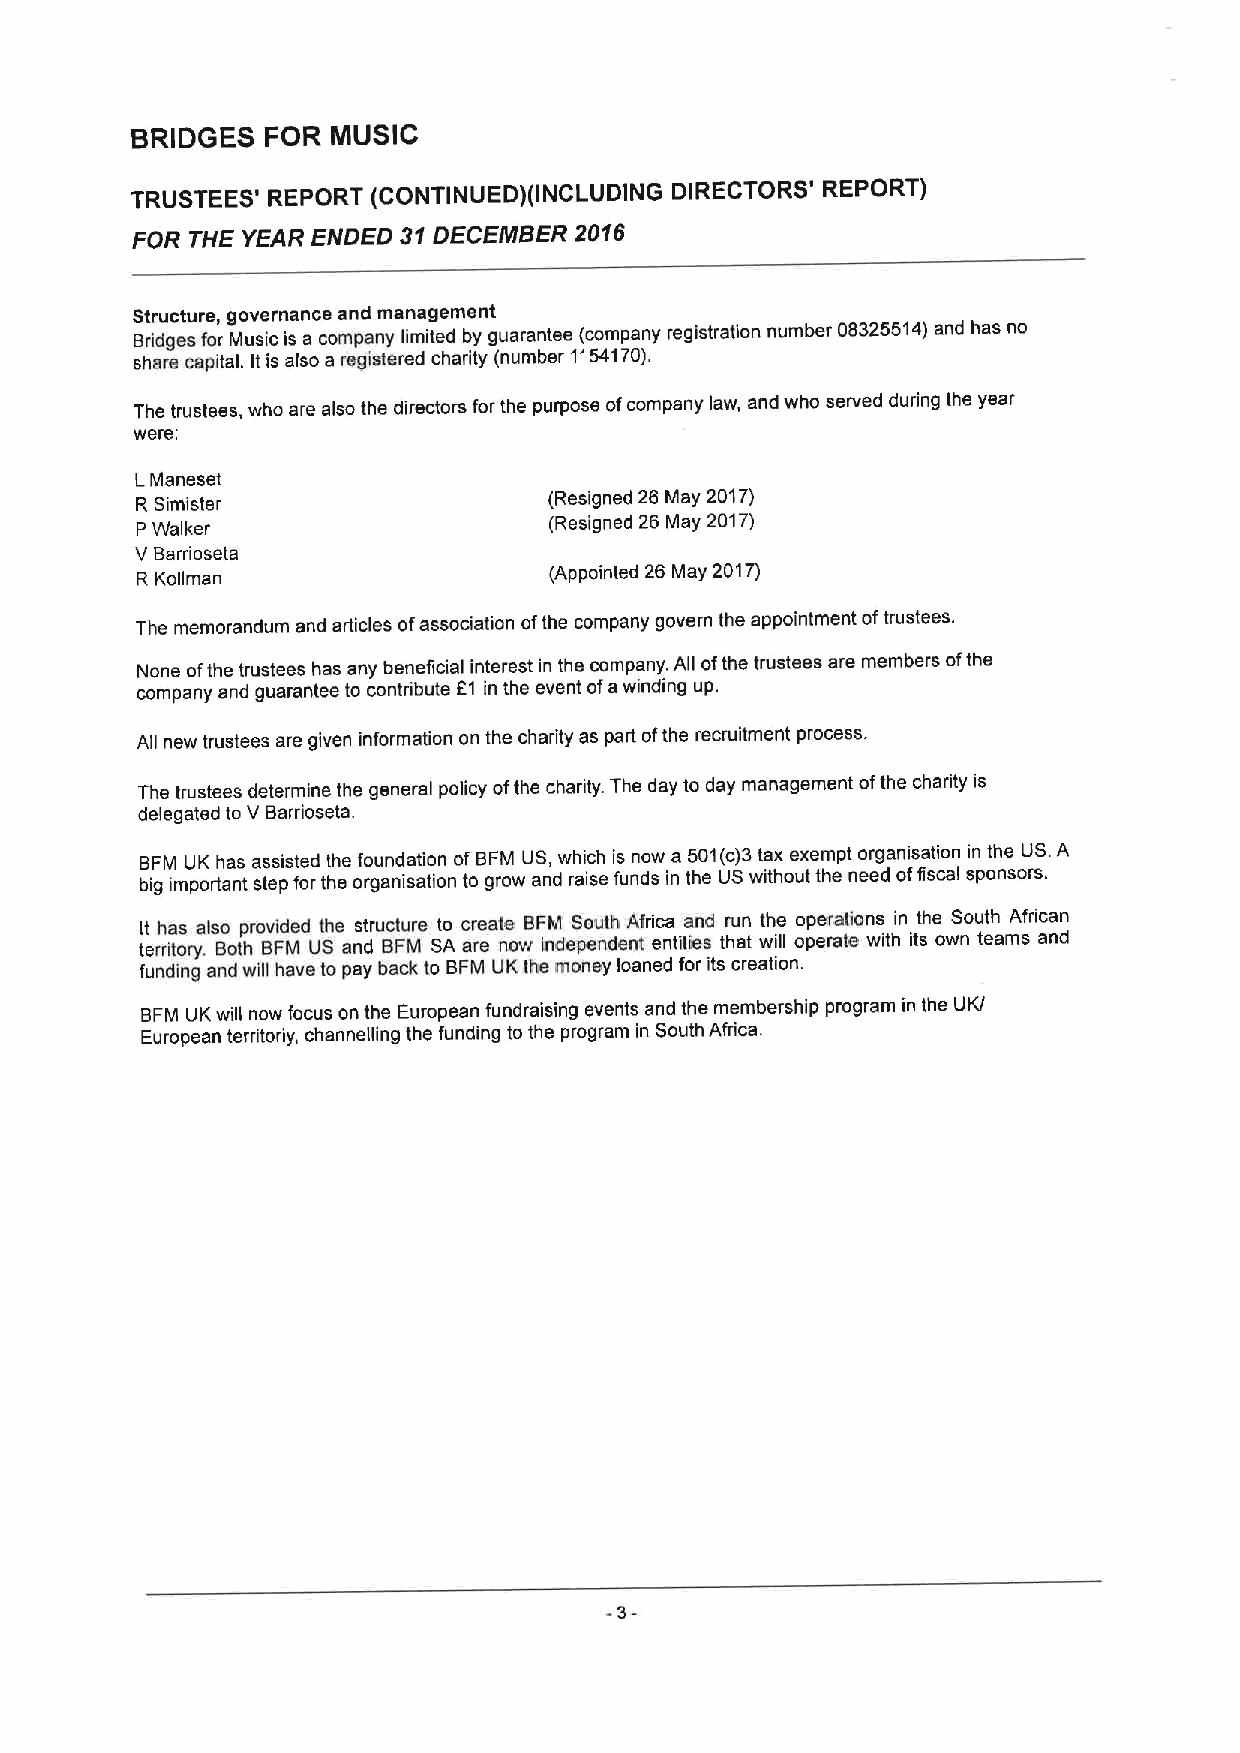
BRIDGES FOR  MUSIC
 DIRECTORS' REPORT)
 TRUSTEES' REPORT (CONTINUED)(INCLUDING
 FOR THE YEAR ENDED 31DECEMBER 2016
 Structure, governance and management
 Bridges for Music is a company limited by guarantee (company registration number 08325514)and has no
 share capital. Itis also a registered charity (number 1154170).
 The trustees, who are also the directors for the purpose ofcompany law, and who served during the year
 were:
 LManeset
 R Simister                 (Resigned 26 May 2017)
 PWalker                    (Resigned 26 May 2017)
 V Barrioseta
 R Kollman                  (Appointed 26 May 2017)
 The memorandum and articles ofassociation ofthe company govern the appointment oftrustees.
 None ofthe trustees has any beneficial interest in the company. All ofthe trustees are members ofthe
 company and guarantee to contribute F1 in the event ofawinding up.
 All new trustees are given information on the charity as part ofthe recruitment process.
 The trustees determine the general policy ofthe charity. The day to day management ofthe charity is
 delegated to V Barrioseta.
 BFM UK has assisted the foundation of BFM US, which is now a 501(c)3tax exempt organisation in the US.A
 big important step for the organisation to grow and raise funds in the US without the need offiscal sponsors.
 tI et rrh ia tos ry.als Bo otp hro Bvi Fd Med Ut She ans dtru Bct Fur Me St Ao c ar re eat ne owBF iM ndeS pee nu dth entAfri ec na tita ien sd thru an t wth ile l oo pp ee rr aat ti eon ws ithin itt she owS nou tt eh amA sfri ac nan d
 funding and will have to pay back to BFM UK the money loaned for its creation.
 BFM UK will now focus on the European fundraising events and the membership program in the UK/
 European territoriy, channelling the funding to the program in South Africa.